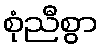
စုံညီစွာ